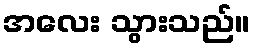
အလေး သွားသည်။